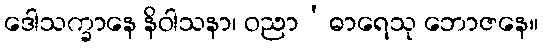
ဒေါသက္ခာနေ နိဝါသနာ၊ ဝညာ’ဓာရေသု ဘောဇနေ။